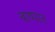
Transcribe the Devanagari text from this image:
बाष्पात